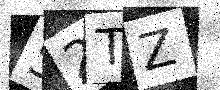
Text: 52TZ